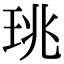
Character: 珧